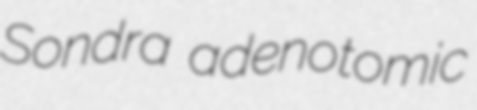
Sondra adenotomic